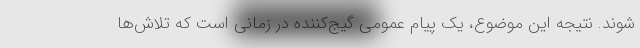
شوند. نتیجه این موضوع، یک پیام عمومی گیج‌کننده در زمانی است که تلاش‌ها